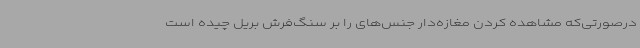
درصورتی‌که مشاهده کردن مغازه‌دار جنس‌های را بر سنگ‌فرش بریل چیده است